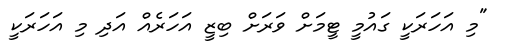
"މި އަހަރަކީ ގައުމީ ޓީމަށް ވަރަށް ބިޒީ އަހަރެއް އަދި މި އަހަރަކީ